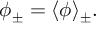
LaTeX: \phi _ { \pm } = \langle \phi \rangle _ { \pm } .